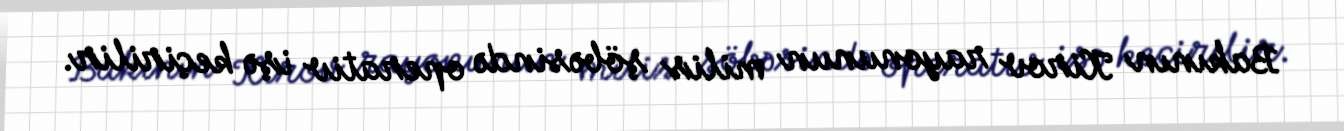
Bakının Kirov rayonunun milis şöbəsində operativ işə keçirilir.